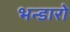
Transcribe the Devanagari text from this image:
भन्डारो